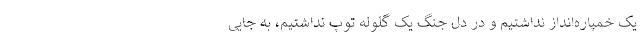
یک خمپاره‌انداز نداشتیم و در دل جنگ یک گلوله توپ نداشتیم، به جایی